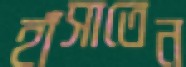
হাঁসাতেন